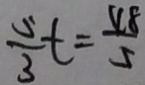
\frac { 5 } { 3 } t = \frac { 4 8 } { 5 }